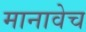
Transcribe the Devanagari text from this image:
मानावेच